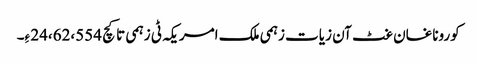
کوروناغان غٹ آن زیات زہمی ملک امریکہ ٹی زہمی تا کچ 24،62،554 ءِ۔